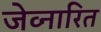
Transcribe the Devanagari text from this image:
जेव्नारित